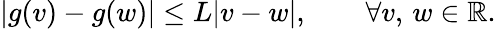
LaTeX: |g(v)-g(w)|\leq L|v-w|,\qquad\forall v,\, w\in\mathbb{R}.